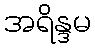
အရိန္ဒမ